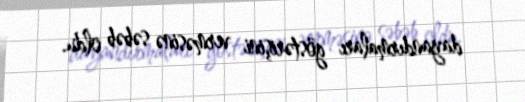
dayandırmaları göstərişini verməsinə səbəb oldu.